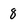
Character: 8